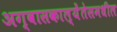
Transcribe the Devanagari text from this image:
अग्वासकाल्येंतेसमधील